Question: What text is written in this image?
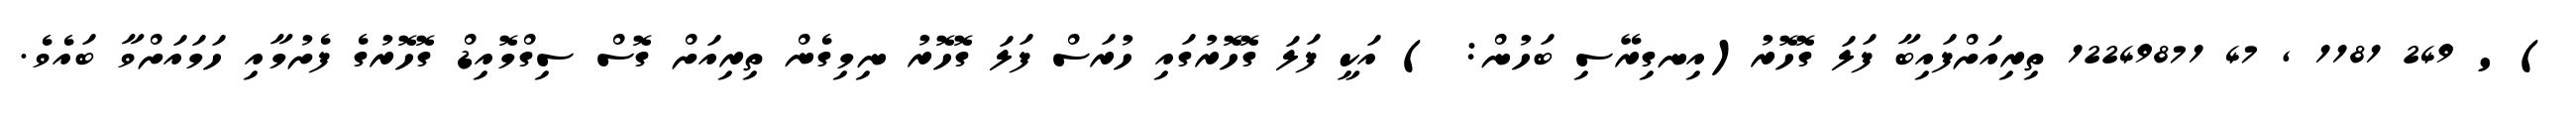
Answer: ) ' 249 1181 , 47 12249871 ތިރިއަށްފައިބާ ފަލަ ގޮހޮރު(އިނގިރޭސި ބަހުން: ) އަކީ ފަލަ ގޮހޮރުގައި ހުރަސް ފަލަ ގޮހޮރު ނިމިގެން ތިރިއަށް ގޮސް ސިގްމޮއިޑް ގޮހޮރުގެ ފެށުމާއި ހަމައަށްވާ ބައެވެ.